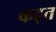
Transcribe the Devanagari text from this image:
कढ़त